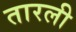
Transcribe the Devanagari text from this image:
तारली